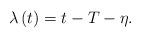
LaTeX: \begin{align*}\lambda\left(t\right)=t-T-\eta.\end{align*}